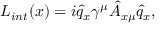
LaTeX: L _ { i n t } ( x ) = i \hat { q } _ { x } \gamma ^ { \mu } \hat { A } _ { x \mu } \hat { q } _ { x } ,